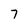
Character: 7